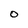
Character: o